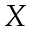
X